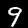
Label: 9